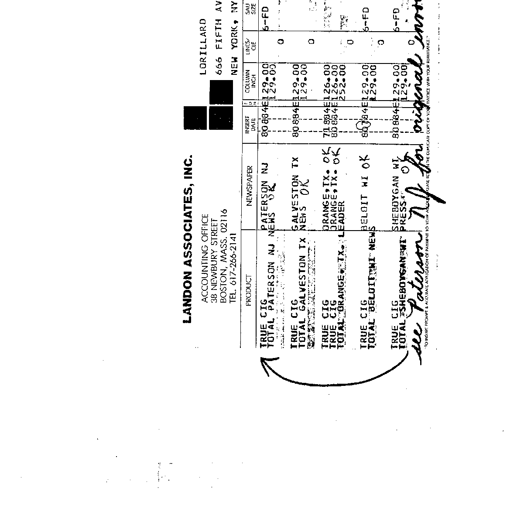
LANDON ASSOCIATES, INC.
ACCOUNTING OFFICE
38 NEWBURY STREET
BOSTON, MASS. 02116
TEL. 617-266-2141
LORILLARD
666 FIFTH AV
NEW YORK, NY
PRODUCT NEWSPAPER INSERT DATE COLUMN INCH LINES/CUE SAU SIZE
TRUE CIG PATERSON NJ 80884E 129.00 0 6-FD
TOTAL PATERSON NJ NEWS OK 129.00
TRUE CIG GALVESTON TX 80884E 129.00 0
TOTAL GALVESTON TX NEWS OK 129.00
TRUE CIG ORANGE, TX. OK 79884E 126.00 0
TRUE CIG ORANGE, TX. OK 80884E 126.00
TOTAL ORANGE TX. LEADER 252.00
TRUE CIG BELOIT WI OK 80884E 129.00 0 6-FD
TOTAL BELOIT WI NEWS 129.00
TRUE CIG SHEBOYGAN WI 80884E 129.00 0 6-FD
TOTAL SHEBOYGAN WI PRESS OK 129.00
TO INSURE PROMPT & ACCURATE APPLICATION OF PAYMENT TO YOUR ACCOUNT PLEASE RETURN THE COUPON COPY OF YOUR INVOICE WITH YOUR REMITTANCE.
see Paterson NJ for original error